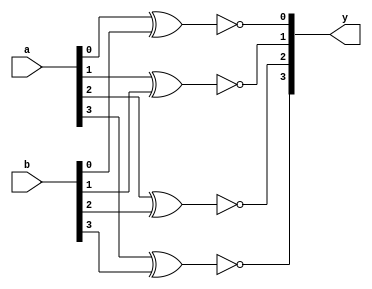
`timescale 1ns / 1ps
//////////////////////////////////////////////////////////////////////////////////
// Module Name: xup_xnor_vector
//////////////////////////////////////////////////////////////////////////////////
module xup_xnor_vector #(parameter SIZE = 4 , DELAY = 3)(
    input [SIZE-1:0] a,
    input [SIZE-1:0] b,
    output [SIZE-1:0] y
    ); 
    
   genvar i;
    generate
       for (i=0; i < SIZE; i=i+1) 
       begin: xnor_i
          xnor #DELAY(y[i], a[i], b[i]);
       end
    endgenerate
    
endmodule